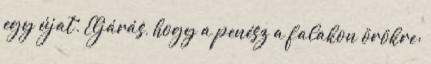
egy újat. Eljárás, hogy a penész a falakon örökre: